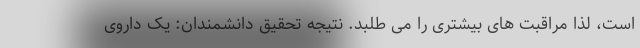
است، لذا مراقبت های بیشتری را می طلبد. نتیجه تحقیق دانشمندان: یک داروی